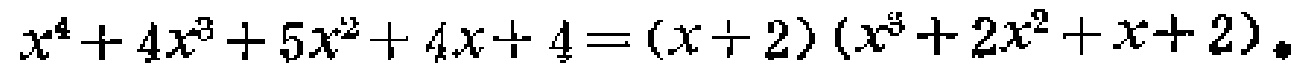
\(x^{4}+4x^{3}+5x^{2}+4x + 4=(x + 2)(x^{3}+2x^{2}+x + 2)\)